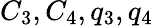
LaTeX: C_{3},C_{4},q_{3},q_{4}